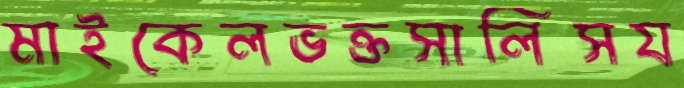
মাইকেলভক্তসালিসয